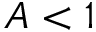
A < 1